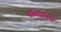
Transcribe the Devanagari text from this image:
डायज़ेपम